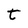
Character: t